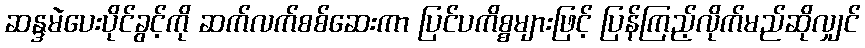
ဆန္ဒမဲပေးပိုင်ခွင့်ကို ဆက်လက်စစ်ဆေးကာ ပြင်ပကိစ္စများဖြင့် ပြန်ကြည့်လိုက်မည်ဆိုလျှင်